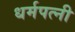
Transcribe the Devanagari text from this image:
धर्मपत्‍नी